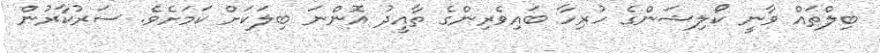
ބިލްތައް ވާނީ ކޯލިޝަންގެ ހުރިހާ ބައިވެރިންގެ ތާއީދު އޮންނަ ބިލަކަށް ކަމަށެވެ. ސަރުކާރުން